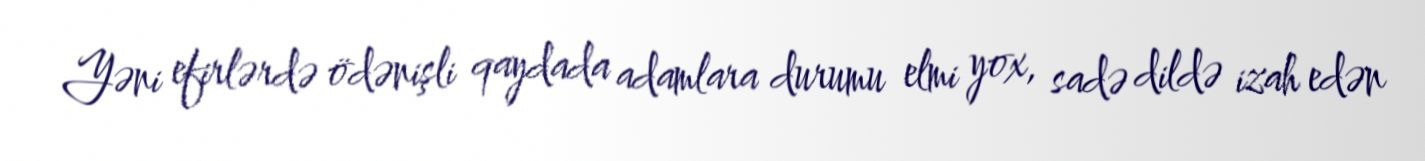
Yəni efirlərdə ödənişli qaydada adamlara durumu elmi yox, sadə dildə izah edən